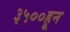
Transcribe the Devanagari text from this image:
३५००हून